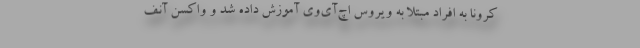
کرونا به افراد مبتلا به ویروس اچ‌آی‌وی آموزش داده شد و ‌واکسن آنف